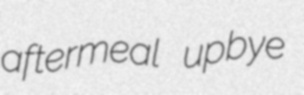
aftermeal upbye